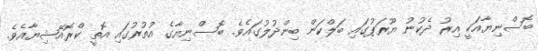
ބޮސްނިޔާއަކީ އިރު ދެކުނު ޔޫރަޕުގައި ބަލްކަން ބިންދުލުގައެވެ. ބޮސްނިޔާގެ އުތުރުގައި އޮތީ ކްރޮއޭޝިޔާއެވެ.